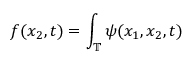
f ( x _ { 2 } , t ) = \int _ { \mathbb { T } } \psi ( x _ { 1 } , x _ { 2 } , t )